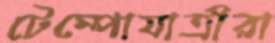
টেম্পোযাত্রীরা